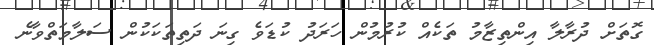
ގޮތަށް ދުރާލާ އިންތިޒާމު ތަކެއް ކުރުމުން ހަރަދު ކުޑަވެ ގިނަ ދަތިތަކަކުން ސަލާމަތްވާނެ